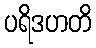
ပရိဒဟတိ